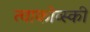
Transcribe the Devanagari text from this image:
त्चाकोव्स्की